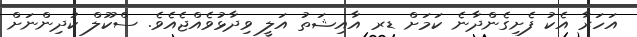
އަހަރާ އެކު ފެށިގެންދާނެ ކަމަށް ޑރ އާއިޝަތު އަލީ ވިދާޅުވެއްޖެއެވެ. ސްކޫލް ކުދިންނަށް